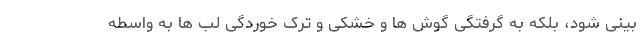
بینی شود، بلکه به گرفتگی گوش ها و خشکی و ترک خوردگی لب ها به واسطه